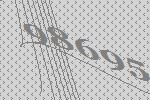
98695